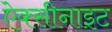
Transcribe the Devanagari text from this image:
ऐक्सीनाइट